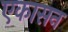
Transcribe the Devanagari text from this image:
एकासन